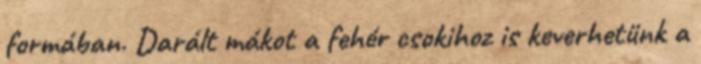
formában. Darált mákot a fehér csokihoz is keverhetünk a